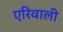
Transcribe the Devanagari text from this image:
एरिवाली